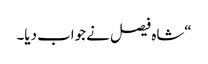
“شاہ فیصل نے جواب دیا۔